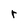
Character: r